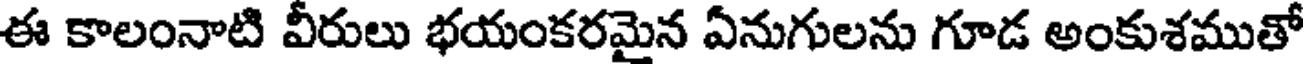
ఈ కాలంనాటి వీరులు భయంకరమైన ఏనుగులను గూడ అంకుశముతో